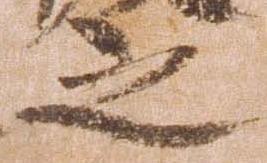
之